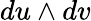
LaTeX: du\wedge dv